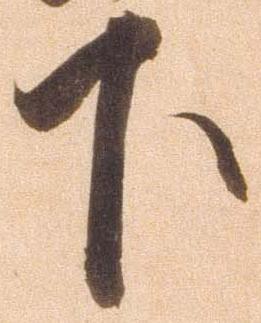
下